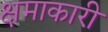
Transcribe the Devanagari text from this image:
क्षमाकारी